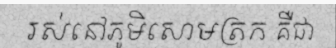
រស់នៅភូមិសោមត្រក គឺជា